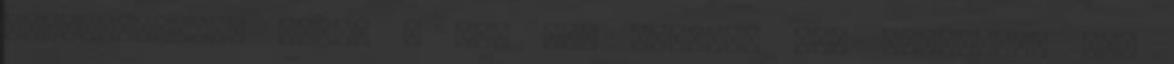
Hozzászólások száma : Ami azt illeti, nem terveztem ma,